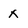
Character: x